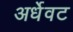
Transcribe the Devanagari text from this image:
अर्धेवट